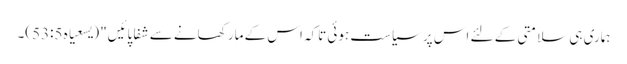
ہماری ہی سلامتی کے لئے اس پر سیاست ہوئی تاکہ اس کے مار کھانے سے شفا پائیں" (یسعیاہ 53:5)۔